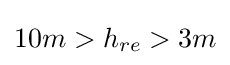
10m>h_{re}>3m